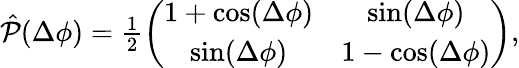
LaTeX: \begin{array}{r}{\hat{\mathcal{P}}(\Delta\phi)=\frac{1}{2}\left(\begin{array}{cc}{1+\cos(\Delta\phi)}&{\sin(\Delta\phi)}\\ {\sin(\Delta\phi)}&{1-\cos(\Delta\phi)}\end{array}\right),}\end{array}